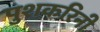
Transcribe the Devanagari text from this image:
पुशकरिनी